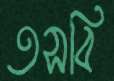
তসবি